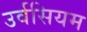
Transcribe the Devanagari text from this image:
उर्वसियम